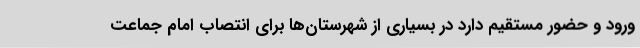
ورود و حضور مستقیم دارد در بسیاری از شهرستان‌ها برای انتصاب امام جماعت